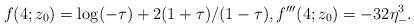
LaTeX: \begin{align*} f(4;z_0)=\log(-\tau)+2(1+\tau)/(1-\tau), f'''(4;z_0) = -32 \eta_{-}^{3}. \end{align*}